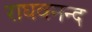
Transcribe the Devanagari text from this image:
राघवनन्द